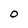
Character: O